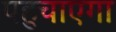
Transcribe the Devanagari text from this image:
पहुचाएगा